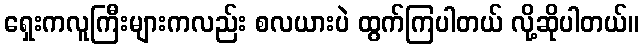
ရှေးကလူကြီးများကလည်း စလယားပဲ ထွက်ကြပါတယ် လို့ဆိုပါတယ်။